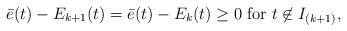
LaTeX: \begin{align*} \bar{e}(t) - E_{k+1}(t) = \bar{e}(t) - E_{k}(t) \geq 0 \hbox{ for } t \not \in I_{(k+1)},\end{align*}